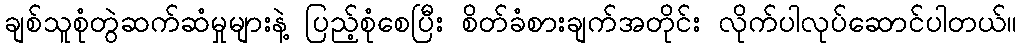
ချစ်သူစုံတွဲဆက်ဆံမှုများနဲ့ ပြည့်စုံစေပြီး စိတ်ခံစားချက်အတိုင်း လိုက်ပါလုပ်ဆောင်ပါတယ်။